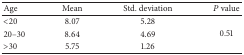
<table><thead><tr><td><b>Age</b></td><td><b>Mean</b></td><td><b>Std. deviation</b></td><td><b><i>P</i> value</b></td></tr></thead><tbody><tr><td>&lt;20</td><td>8.07</td><td>5.28</td><td rowspan="3">0.51</td></tr><tr><td>20–30</td><td>8.64</td><td>4.69</td></tr><tr><td>&gt;30</td><td>5.75</td><td>1.26</td></tr></tbody></table>